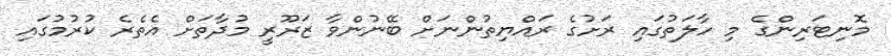
މޮނިޓަރިންގެ މި ހާލަތުގައި ރަށުގެ ރައްޔިތުންނަށް ބޭނުންވާ ޒަރޫރީ މުދާތަށް އެތެރެ ކުރުމުގައި